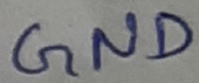
Text: GND